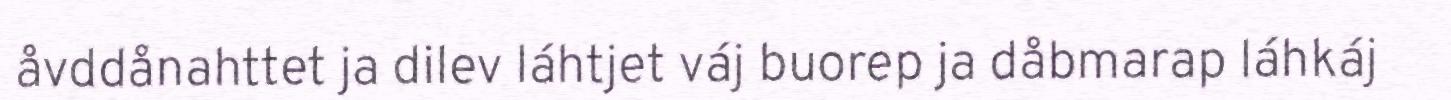
åvddånahttet ja dilev láhtjet váj buorep ja dåbmarap láhkáj